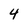
Character: 4